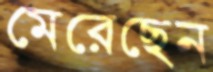
মেরেছেন